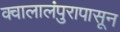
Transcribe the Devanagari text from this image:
क्वालालंपुरापासून